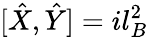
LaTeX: [\hat{X},\hat{Y}]=il_{B}^{2}